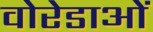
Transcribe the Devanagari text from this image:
वोरेडाओं